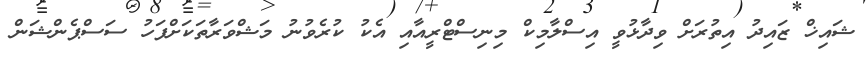
ޝައިޚް ޒައިދު އިތުރަށް ވިދާޅުވީ އިސްލާމިކް މިނިސްޓްރީއާއި އެކު ކުރެވުނު މަޝްވަރާތަަކަށްފަހު ސަސްޕެންޝަން